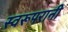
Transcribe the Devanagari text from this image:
स्वरूपरानी